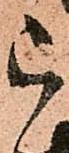
被